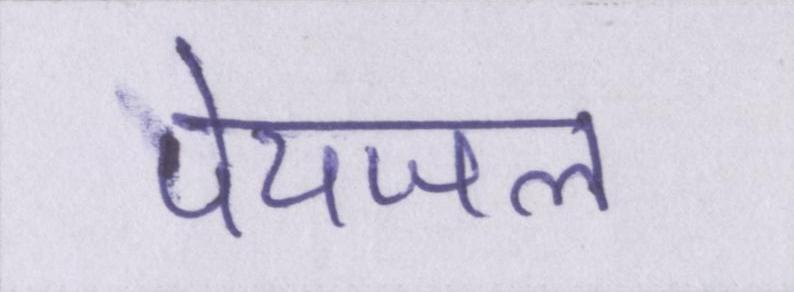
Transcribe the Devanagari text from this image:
पेयजल